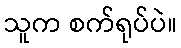
သူက စက်ရုပ်ပဲ။